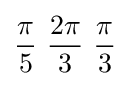
{\pi  \over 5}\ {2\pi  \over 3}\ {\pi  \over 3}